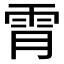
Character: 𫕟